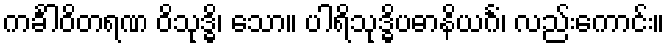
ကင်္ခါဝိတရဏ ဝိသုဒ္ဓိ၊ သော။ ပါရိသုဒ္ဓိပဓာနိယင်္ဂံ၊ လည်းကောင်း။